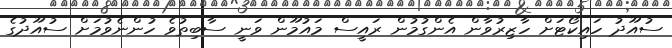
ސުއޫދު ހައިކޯޓަށް ހާޒިރުވާން އެންގުމުން ރައީސް މައުމޫން ވަނީ ސާބިތުވެ ހުންނެވުމަށް ސުއޫދުގެ